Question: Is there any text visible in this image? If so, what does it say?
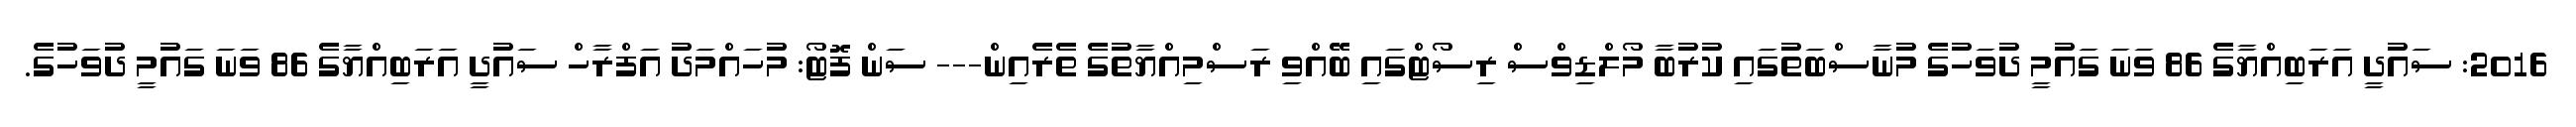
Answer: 2016: ސައުދީ އަރަބިއްޔާގެ 86 ވަނަ ގައުމީ ދުވަހުގެ މުނާސްބަތުގައި ކުރުބާ މޯލްޑިވްސް ރިސޯޓްގައި ބޭއްވި ރަސްމިއްޔާތުގެ ތެރެއިން--- ސަން ފޮޓޯ: މުހައްމަދު އަފްރާހް ސައުދީ އަރަބިއްޔާގެ 86 ވަނަ ގައުމީ ދުވަހުގެ.